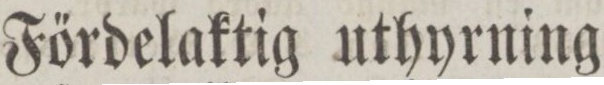
Fördelaktig uthyrning.